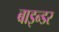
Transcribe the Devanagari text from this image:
बाइन्डर